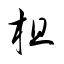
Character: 柤